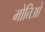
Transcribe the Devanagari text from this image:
मोतिओ